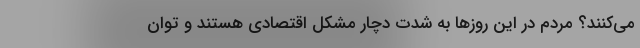
می‌کنند؟ مردم در این روزها به شدت دچار مشکل اقتصادی هستند و توان